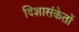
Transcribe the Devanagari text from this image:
दिशासंकेतों